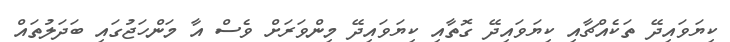
ކިޔަވައިދޭ ތަކެއްޗާއި ކިޔަވައިދޭ ގޮތާއި ކިޔަވައިދޭ މިންވަރަށް ވެސް އާ މަންހަޖުގައި ބަދަލުތައް